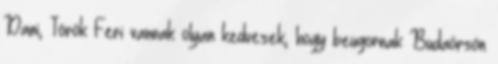
Dani, Török Feri vannak olyan kedvesek, hogy beugornak Budaörsön